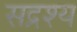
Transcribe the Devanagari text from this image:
सद्रश्य